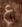
ع